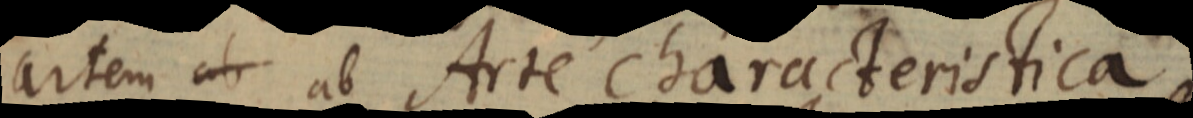
artem ab Arte Characteristica